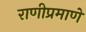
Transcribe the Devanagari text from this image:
राणीप्रमाणे